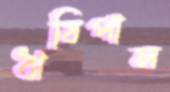
ঋষিপাল